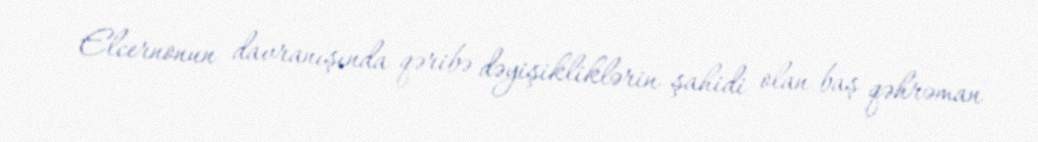
Elcernonun davranışında qəribə dəyişikliklərin şahidi olan baş qəhrəman